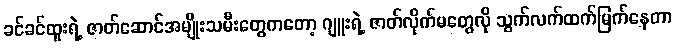
ခင်ခင်ထူးရဲ့ ဇာတ်ဆောင်အမျိုးသမီးတွေကတော့ ဂျူးရဲ့ ဇာတ်လိုက်မတွေလို သွက်လက်ထက်မြက်နေတာ